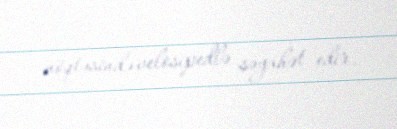
nöqtəsində velosipedlə səyahət edir.